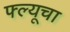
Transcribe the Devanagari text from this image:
फ्ल्यूचा